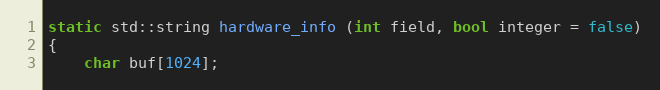
Language: C++
static std::string hardware_info (int field, bool integer = false)
{
	char buf[1024];